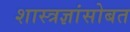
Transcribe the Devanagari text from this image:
शास्त्रज्ञांसोबत